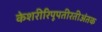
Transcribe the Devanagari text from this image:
केशरीरिपूपतीरतीअंतक